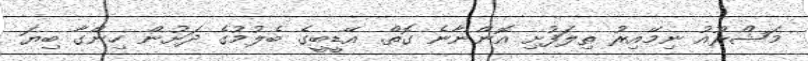
މަޝްރޫއު ނިމޭއިރު ތިލަފުށި އޮންނާނެ ގޮތް. އޭޑީބީގެ ބެލުމުގެ ދަށުން ހިންގާ ބިޔަ